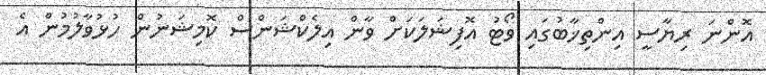
އޮންނަ ރިޔާސީ އިންތިޚާބުގައި ވޯޓު އޮފިޝަލަކަށް ވާން އިލެކްޝަންސް ކޮމިޝަނުން ހުޅުވާލުމުން އެ